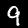
Label: 9